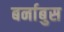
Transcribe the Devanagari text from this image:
बर्नाबुस